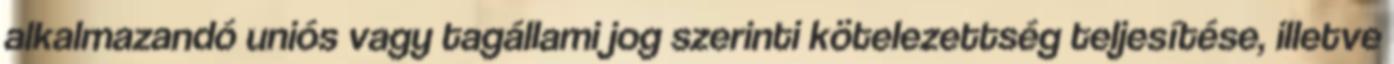
alkalmazandó uniós vagy tagállami jog szerinti kötelezettség teljesítése, illetve